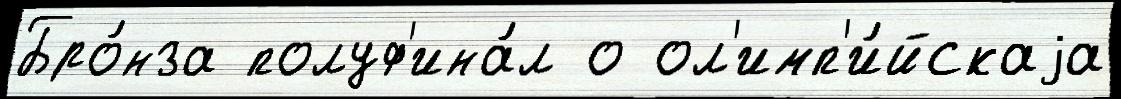
Бро́нза полуф'ина́л о ол'имп'и́йскаjа